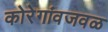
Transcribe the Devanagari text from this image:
कोरेगांवजवळ